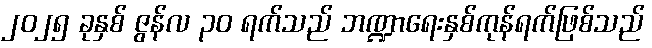
၂၀၂၅ ခုနှစ် ဇွန်လ ၃၀ ရက်သည် ဘဏ္ဍာရေးနှစ်ကုန်ရက်ဖြစ်သည်